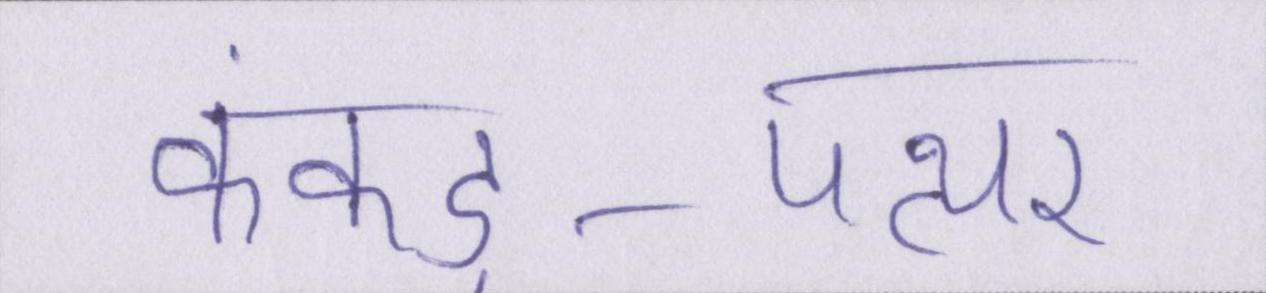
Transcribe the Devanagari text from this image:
कंकड़-पत्थर